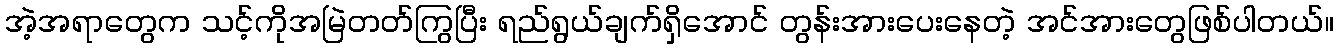
အဲ့အရာတွေက သင့်ကိုအမြဲတတ်ကြွပြီး ရည်ရွယ်ချက်ရှိအောင် တွန်းအားပေးနေတဲ့ အင်အားတွေဖြစ်ပါတယ်။